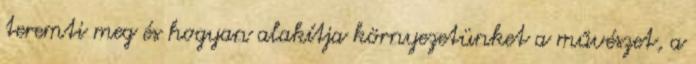
teremti meg és hogyan alakítja környezetünket a művészet, a